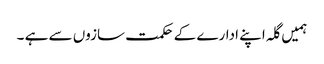
ہمیں گلہ اپنے ادارے کے حکمت سازوں سے ہے ۔